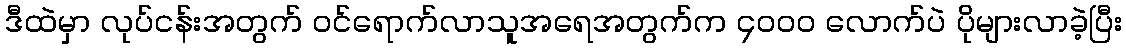
ဒီထဲမှာ လုပ်ငန်းအတွက် ဝင်ရောက်လာသူအရေအတွက်က ၄၀၀၀ လောက်ပဲ ပိုများလာခဲ့ပြီး